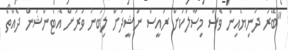
"ބޭރު ދުނިޔެއިން ވެސް މިސާލަކަށް ރައީސް ނަޝީދަށް ލިބުނު ވަރަށް އެޓެންޝަން ދެއްތޯ